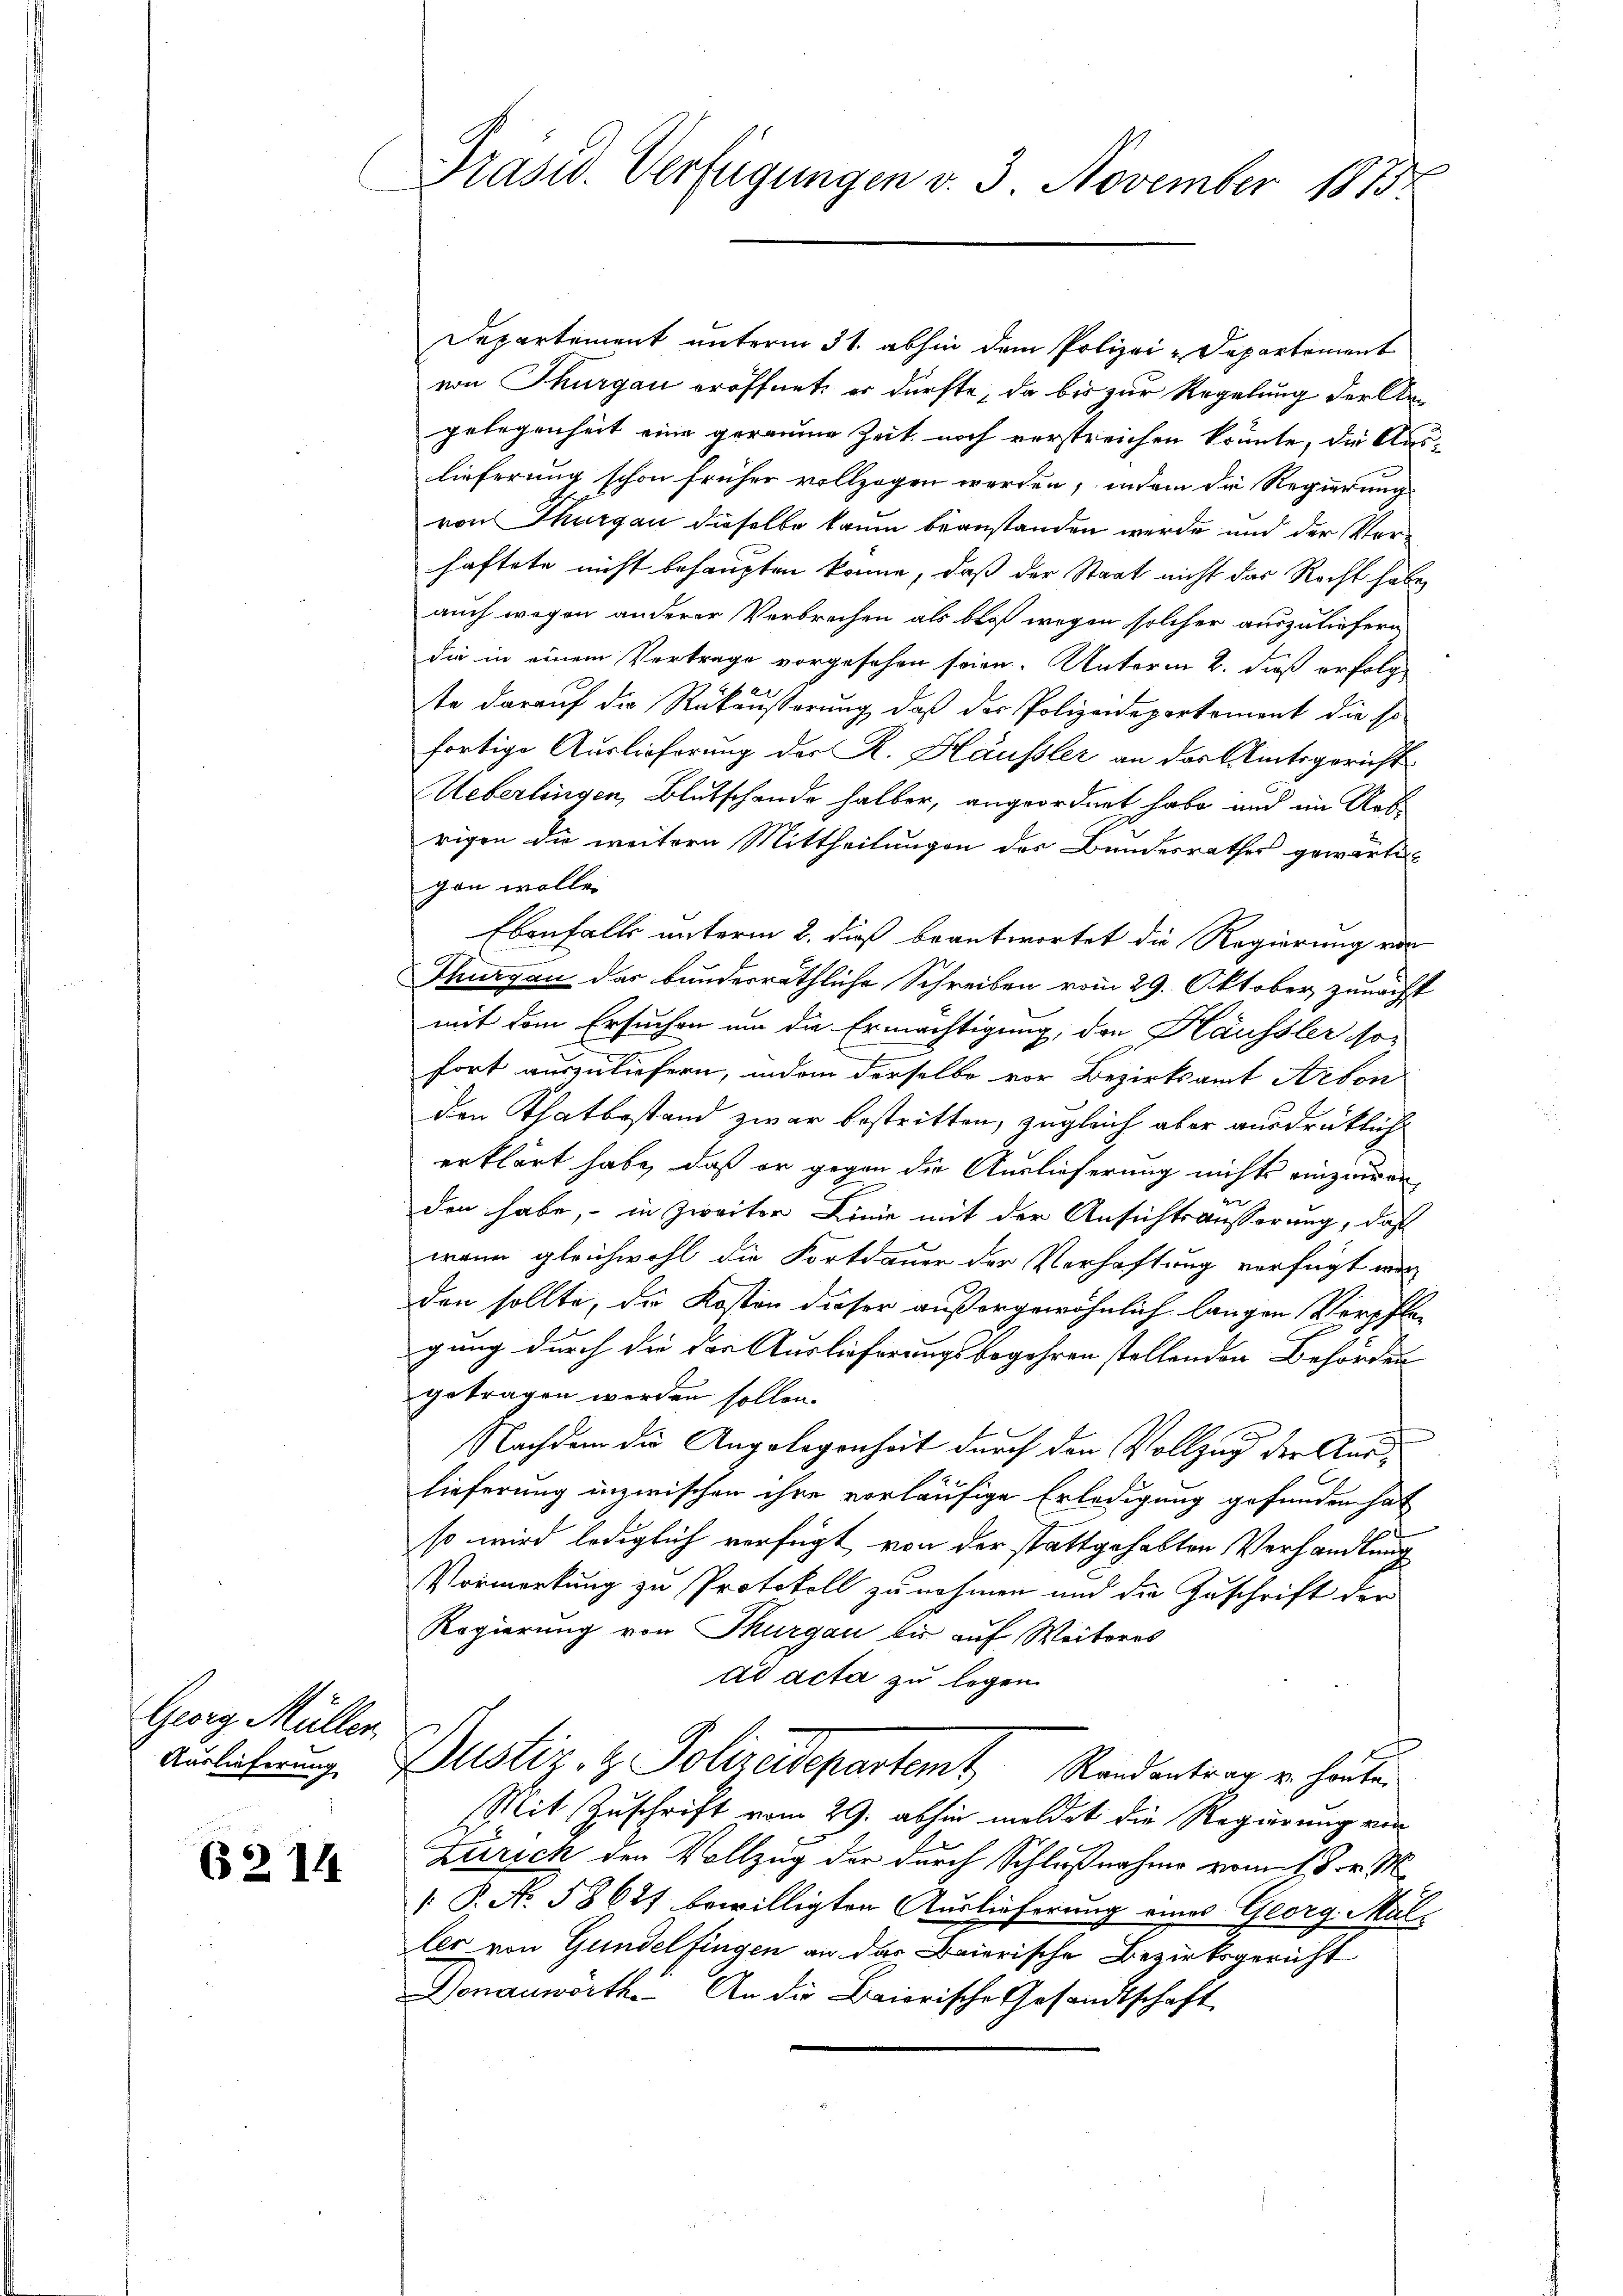
Georg Müller
Auslieferung

621

Präsid. Verfügungen v. 3. November 1873

Departement unterm 31. abhin dem Polizei-Departement
von Thurgau eröffnet, er dürfte, da bis zur Regelung der Angelegenheit eine geraume Zeit noch verstreichen könnte, die Auslieferung schon früher vollzogen werden, indem die Regierung
von Thurgau dieselbe kaum beanstanden werde und der Verhaftete nicht behaupten könne, daß der Staat nicht der Recht habe,
auch wegen anderer Verbrechen als bloß wegen solcher auszuliefern
die in einem Vortrage vorgesehen soien. Unterm 2. dieß erfolge
te darauf die Rükäußerung, daß der Polizeidepartement die so
fortige Auslieferung der R. Häusler an das Amtsgericht
Ueberlingen, Blutschende halber, angeordnet habe und im Art
rigen die weitere Mittheilungen des Bundesrathes gewärte
gan wolle.
Ebenfalls unterm 2. dieß beantwortet die Regierung von
Thurgau das bunderräthliche Schreiben vom 29. Oktober zunächst
mit dem Ersuchen um die Ermächtigung, den Häusler so
fort auszuliefern, inden derselbe vor Bezirksamt Arbon
den Thatbestand zwar bestritten, zugleich aber ausdrüklich
erklärt habe, daß er gegen die Auslieferung nichts einzeigen,
den habe, in Zweiter Linie mit der Ansichtsäusserung, daß
wann gleichwohl die Fortdauer der Verhaftung verfügt wor
den sollte, die Kosten dieser außergewöhnlich langen Verpflegung durch die der Auslieferungsbegehren stellenden Behörden
getragen werden sollen.
Nachdem die Angelegenheit durch den Vollzug der Auslieferung inzwischen ihre vorläufige Erledigung gefunden hat
so wird lediglich verfügt von der stattgehabten Verhandlung
Vormerkung zu Protokoll zu nehmen und die Zuschrift der
Regierung von Thurgau bis auf Weiteres
ad acta zu legen
Pustiz- & Polizeidepartemt Randentrag u. heute
Mit Zuschrift vom 29. abhin meldet die Regierung von
Zürich den Vollzug der durch Schlußnahme vom 18. v. M.
 P. No. 58621 bewilligten Auslieferung eines Georg Muller von Gundelfingen an das Baierische Bezirksgericht
Donauwörth. An die Baiorische Gesandtschaft